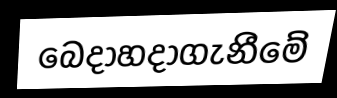
බෙදාහදාගැනීමේ